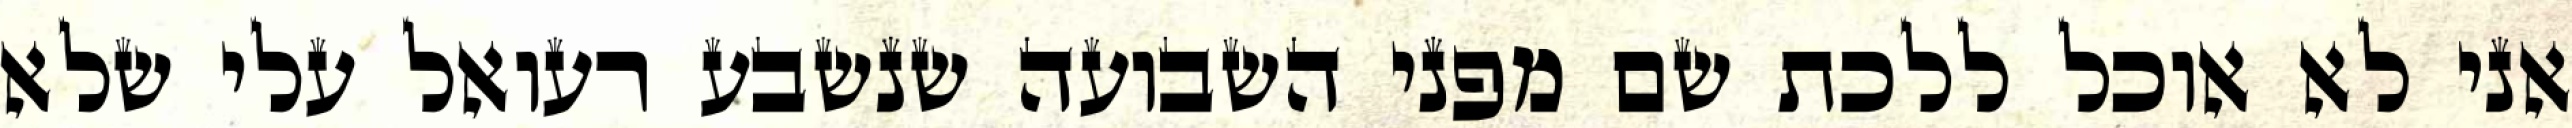
אני לא אוכל ללכת שם מפני השבועה שנשבע רעואל עלי שלא